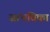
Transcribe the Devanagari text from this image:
सांभविका